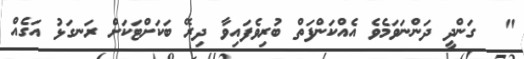
"  ގަންދީ ދަންނަވަމެވެ އެއްކަންފަތް ބުރިވެފައިވާ ދިރޭ ބަކަށްޓަކަށް ރަނގަޅު އަގެއް